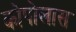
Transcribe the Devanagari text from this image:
कोपोलास